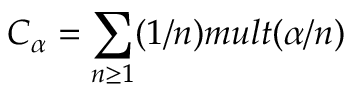
C _ { \alpha } = \sum _ { n \geq 1 } ( 1 / n ) m u l t ( \alpha / n )